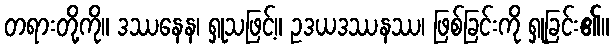
တရားတို့ကို။ ဒဿနေန၊ ရှုသဖြင့်။ ဥဒယဒဿနဿ၊ ဖြစ်ခြင်းကို ရှုခြင်း၏။